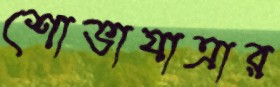
শোভাযাত্রার